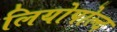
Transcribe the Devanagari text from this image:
लियोपोल्द